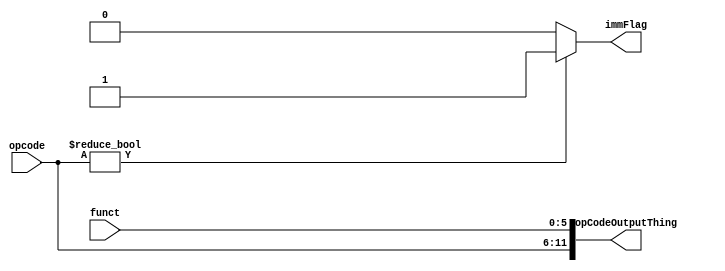
module opFunctDecode(opcode,funct,immFlag, opCodeOutputThing);
  input [5:0] opcode;
  input [5:0] funct;
  output [11:0] opCodeOutputThing;
  assign opCodeOutputThing= {opcode,funct};
  output immFlag;
  assign immFlag = opcode? 1'b1 : 1'b0;
endmodule